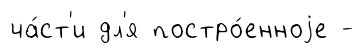
ча́ст'и дл'я постро́енноjе -